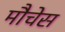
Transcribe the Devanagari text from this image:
मौचेस